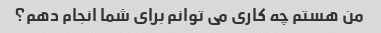
من هستم چه کاری می توانم برای شما انجام دهم؟